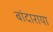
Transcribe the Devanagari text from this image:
बांदाराया